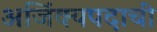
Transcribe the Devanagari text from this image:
अजिंक्यपदाची